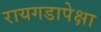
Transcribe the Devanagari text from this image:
रायगडापेक्षा